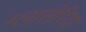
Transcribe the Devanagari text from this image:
ग्लासेरिया